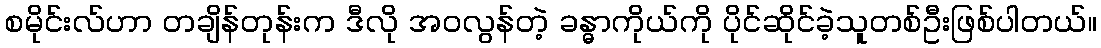
စမိုင်းလ်ဟာ တချိန်တုန်းက ဒီလို အဝလွန်တဲ့ ခန္ဓာကိုယ်ကို ပိုင်ဆိုင်ခဲ့သူတစ်ဦးဖြစ်ပါတယ်။